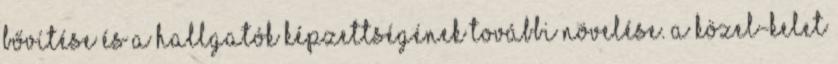
bővítése és a hallgatók képzettségének további növelése. A Közel-Kelet